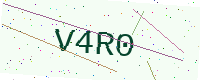
Text: V4R0